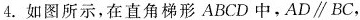
4. 如图所示，在直角梯形ABCD中，AD \parallel BC，